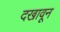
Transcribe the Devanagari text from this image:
दखावून